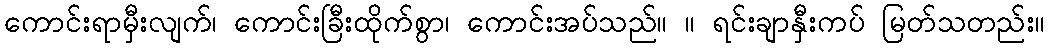
ကောင်းရာမှီးလျက်၊ ကောင်းခြီးထိုက်စွာ၊ ကောင်းအပ်သည်။ ။ ရင်းချာနှီးကပ် မြတ်သတည်း။